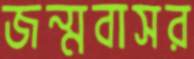
জন্মবাসর